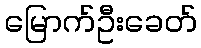
မြောက်ဦးခေတ်